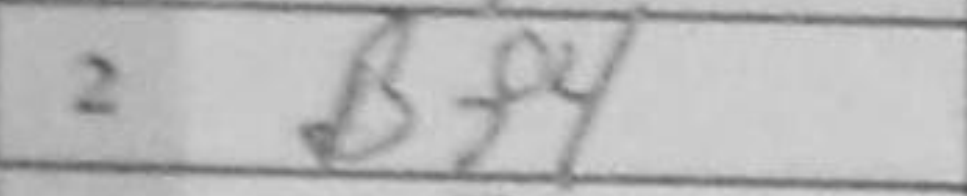
Transcription: Bf4